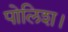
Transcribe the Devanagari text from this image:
पोलिश।